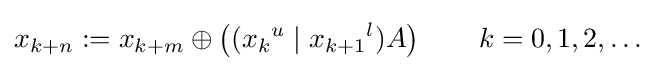
x_{k+n}:=x_{k+m}\oplus \left(({x_{k}}^{u}\mid {x_{k+1}}^{l})A\right)\qquad k=0,1,2,\ldots